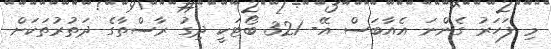
މި ފަހަރު ގެންނަ އެއާބަސް އޭ- 321 ބޯޓަކީ ދިގު ރާސްތާގެ ދަތުރުތަކަށް